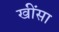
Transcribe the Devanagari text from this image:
खींसा